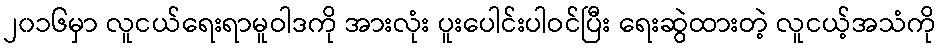
၂၀၁၆မှာ လူငယ်ရေးရာမူဝါဒကို အားလုံး ပူးပေါင်းပါဝင်ပြီး ရေးဆွဲထားတဲ့ လူငယ့်အသံကို